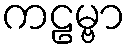
ကဠမ္ဗာ